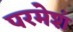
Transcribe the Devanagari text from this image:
परमेशं